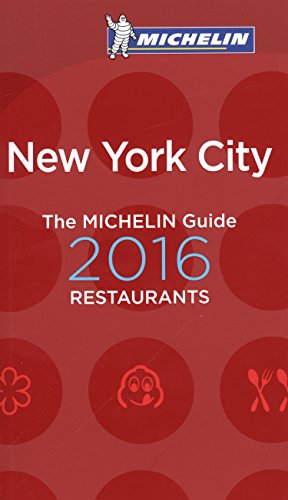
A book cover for MICHELIN Guide New York City 2016 (Michelin Guide/Michelin); Michelin; Travel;